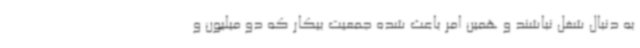
به دنبال شغل نباشند و همین امر باعث شده جمعیت بیکار که دو میلیون و